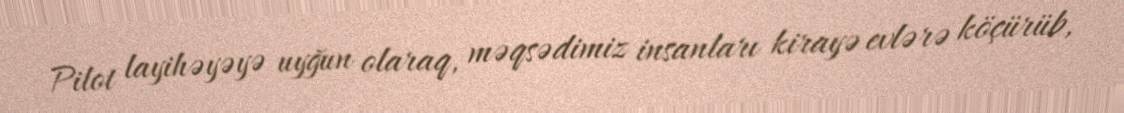
Pilot layihəyəyə uyğun olaraq, məqsədimiz insanları kirayə evlərə köçürüb,